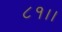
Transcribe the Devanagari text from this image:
८१।।